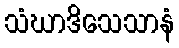
သံဃာဒိသေသာနံ